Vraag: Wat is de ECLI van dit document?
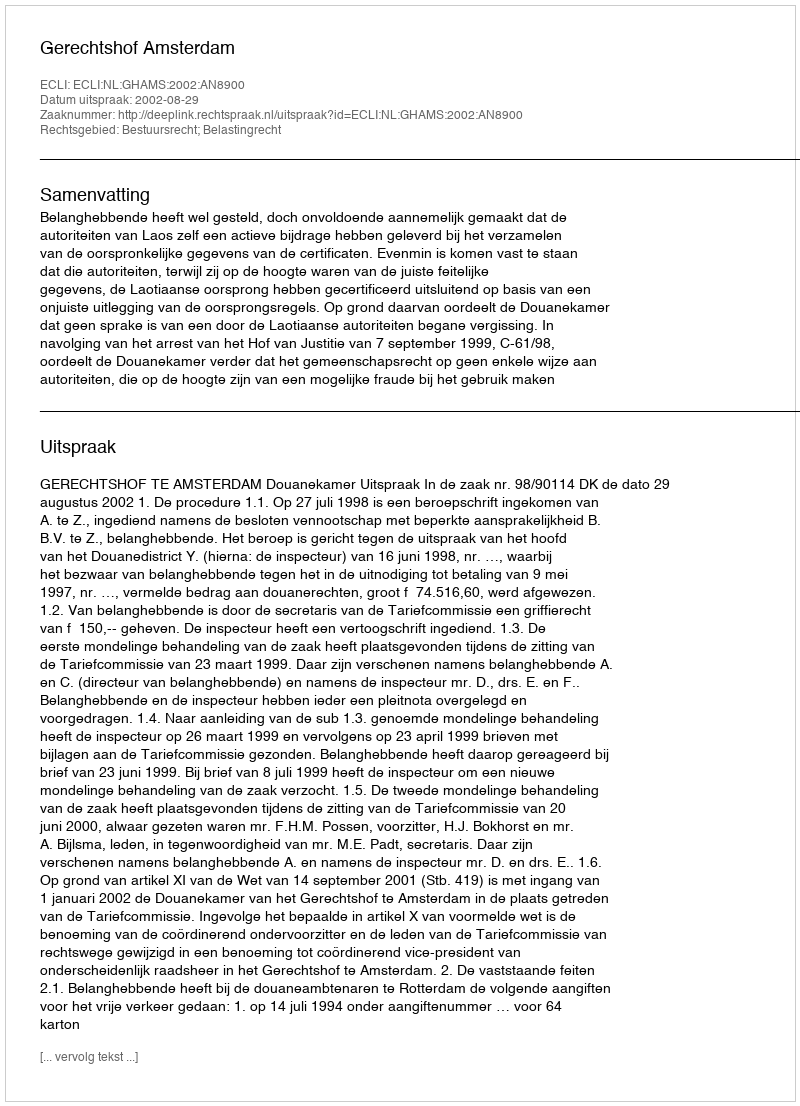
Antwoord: ECLI:NL:GHAMS:2002:AN8900